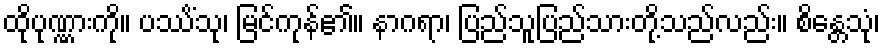
ထိုပုဏ္ဏားကို။ ပဿိံသု၊ မြင်ကုန်၏။ နာဂရာ၊ ပြည်သူပြည်သားတို့သည်လည်း။ စိန္တေသုံ၊